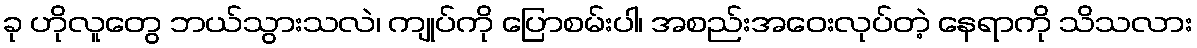
ခု ဟိုလူတွေ ဘယ်သွားသလဲ၊ ကျုပ်ကို ပြောစမ်းပါ၊ အစည်းအဝေးလုပ်တဲ့ နေရာကို သိသလား